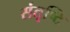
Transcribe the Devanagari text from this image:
संतृष्टि